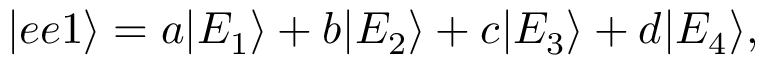
| e e 1 \rangle = a | E _ { 1 } \rangle + b | E _ { 2 } \rangle + c | E _ { 3 } \rangle + d | E _ { 4 } \rangle ,